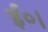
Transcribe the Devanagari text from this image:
ई०।